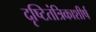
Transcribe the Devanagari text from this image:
दृष्टितंत्रिकाशीर्ष